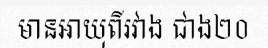
មានអាយុពីរវាង ជាង២០